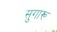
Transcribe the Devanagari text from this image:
सुगारू